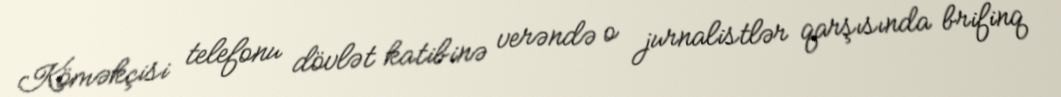
Köməkçisi telefonu dövlət katibinə verəndə o jurnalistlər qarşısında brifinq